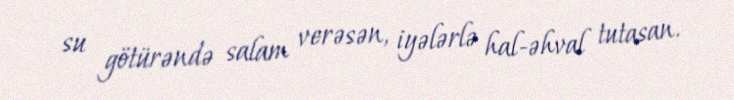
su götürəndə salam verəsən, iyələrlə hal-əhval tutasan.